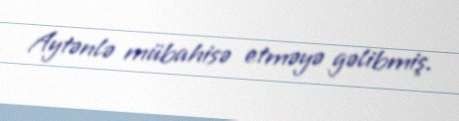
Aytənlə mübahisə etməyə gəlibmiş.